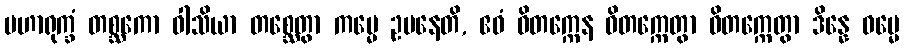
မဟာရုက္ခံ တစ္ဆကော ဝါသိယာ တစ္ဆေတွာ ကမ္မေ ဥပနေတိ, ဧဝံ ဝိတက္ကေန ဝိတက္ကေတွာ ဝိတက္ကေတွာ ဒိန္နေ ဓမ္မေ